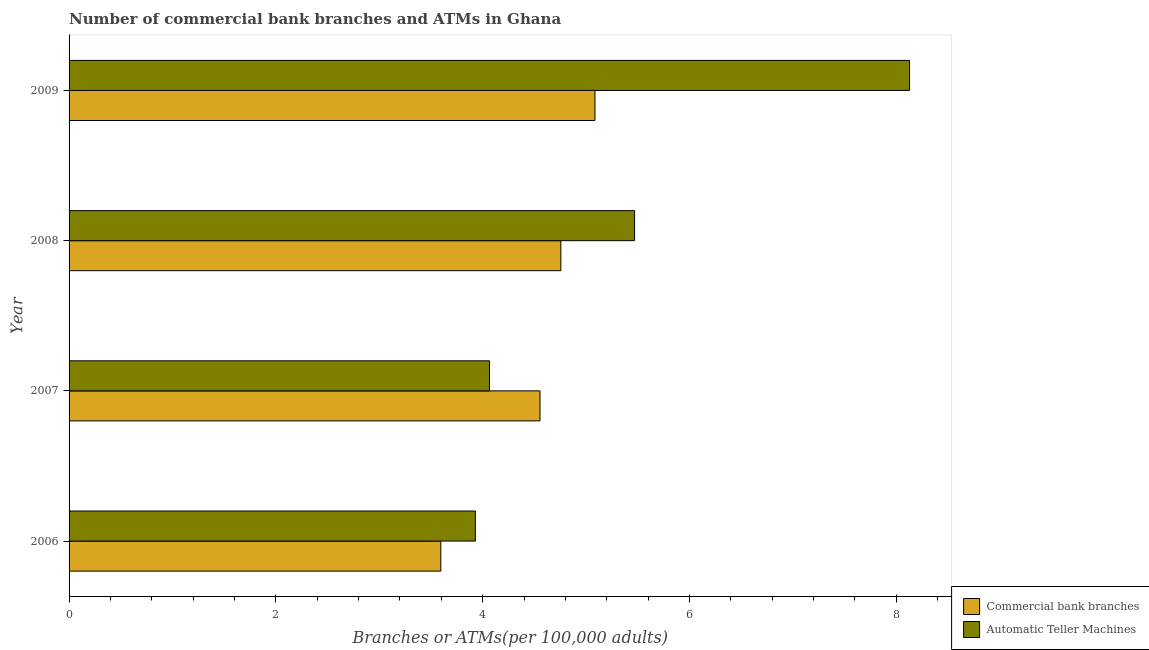
| Year | Commercial bank branches | Automatic Teller Machines |
 | --- | --- | --- |
 | 2006 | 3.6 | 3.93 |
 | 2007 | 4.55 | 4.07 |
 | 2008 | 4.76 | 5.47 |
 | 2009 | 5.09 | 8.13 |